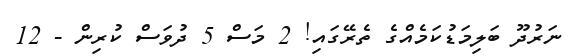
ނަރުދޫ ބަލިމަޑުކަމެއްގެ ތެރޭގައި! 2 މަސް 5 ދުވަސް ކުރިން - 12